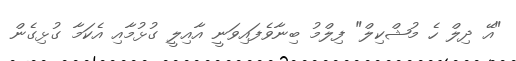
"އޭ ދިލް ހެ މުޝްކިލް" ފިލްމު ބިނާވެފައިވަނީ އާއިލީ ގުޅުމާއި އެކަމާ ގުޅިގެން